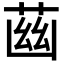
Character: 𦱳